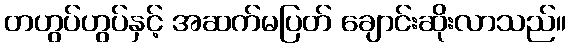
တဟွပ်ဟွပ်နှင့် အဆက်မပြတ် ချောင်းဆိုးလာသည်။